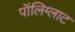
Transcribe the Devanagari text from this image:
पॉलिग्लाट